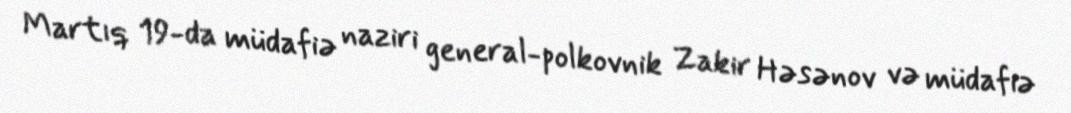
Martıq 19-da müdafiə naziri general-polkovnik Zakir Həsənov və müdafiə